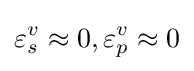
\varepsilon _{s}^{v}\approx 0,\varepsilon _{p}^{v}\approx 0